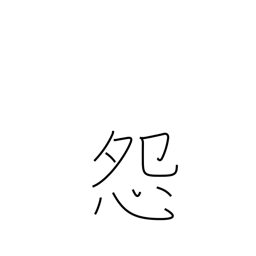
Meaning: be jealous